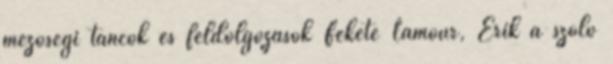
mezőségi táncok és feldolgozások Fekete Lamour, Érik a szőlő